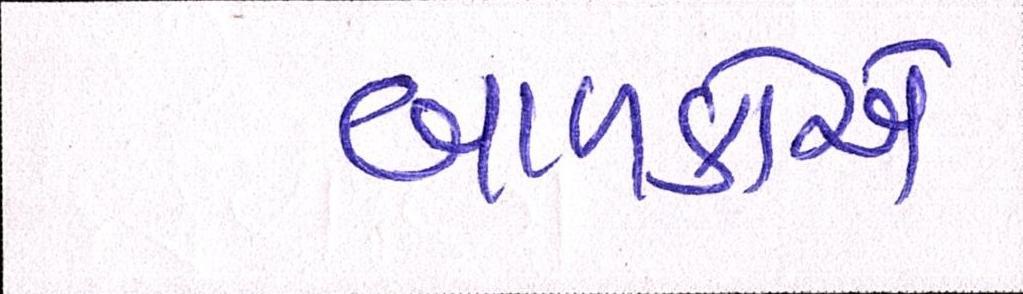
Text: બાળકોએ